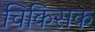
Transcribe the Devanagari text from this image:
चिकिसक